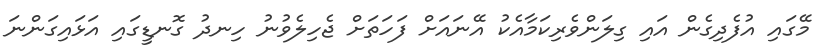
މޭގައި އުފެދިގެން އައި ގިލަންވެރިކަމާއެކު އޭނައަށް ފަހަތަށް ޖެހިލެވުނު ހިނދު ގޮނޑީގައި އަޅައިގަންނަ